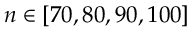
n \in [ 7 0 , 8 0 , 9 0 , 1 0 0 ]